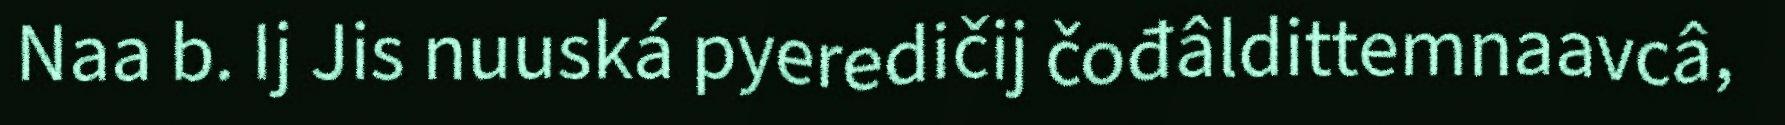
Naa b. Ij Jis nuuská pyeredičij čođâldittemnaavcâ,